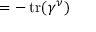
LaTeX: = - \operatorname { t r } ( \gamma ^ { \nu } )